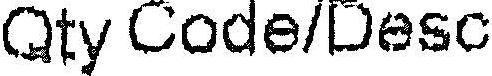
QTY CODE/DESC